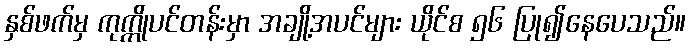
နှစ်ဖက်မှ ကုက္ကိုပင်တန်းမှာ အချို့အပင်များ ယိုင်စ ၅၆ ပြု၍နေပေသည်။